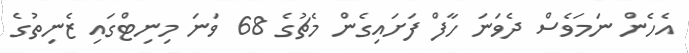
އެހެން ނަމަވެސް ދެވަނަ ހާފް ފަށައިގެން މެޗުގެ 68 ވަނަ މިނިޓްގައި ޒެނިތުގެ